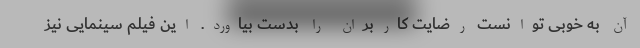
آن به خوبی توانست رضایت کاربران را بدست بیاورد. این فیلم سینمایی نیز